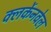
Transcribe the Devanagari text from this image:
क्लर्केनवेल